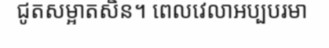
ជូតសម្អាតសិន។ ពេលវេលាអប្បបរមា